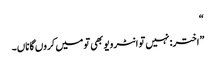
“
”اختر: نہیں تو انٹرویو بھی تو میں کروں گا ناں۔